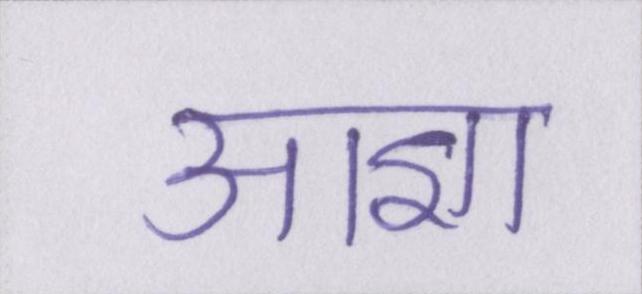
आज्ञा